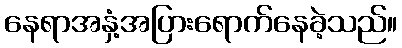
နေရာအနှံ့အပြားရောက်နေခဲ့သည်။